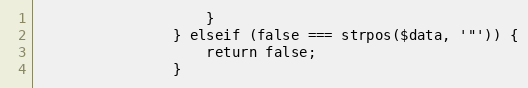
Language: PHP
                    }
                } elseif (false === strpos($data, '"')) {
                    return false;
                }